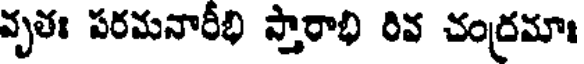
వృతః పరమనారీభి స్తారాభి రివ చంద్రమాః